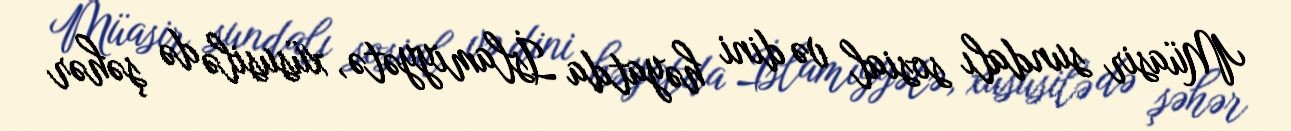
Müasir sundalı sosial və dini həyatda İslamiyyətə, xüsusilə də şəhər